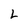
Character: L